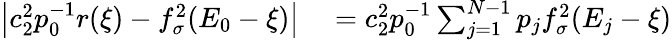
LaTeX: \begin{array}{rl}{\left|c_{2}^{2}p_{0}^{-1}r(\xi)-f_{\sigma}^{2}(E_{0}-\xi)\right|}&{{}=c_{2}^{2}p_{0}^{-1}\sum_{j=1}^{N-1}p_{j}f_{\sigma}^{2}(E_{j}-\xi)}\end{array}